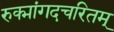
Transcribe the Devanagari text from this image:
रुक्मांगदचरितम्